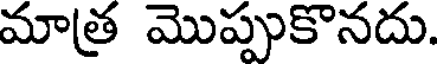
మాత్ర మొప్పుకొనదు.